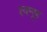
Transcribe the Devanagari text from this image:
श्वमूष